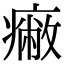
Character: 𤺓